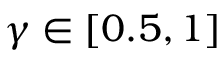
\gamma \in [ 0 . 5 , 1 ]